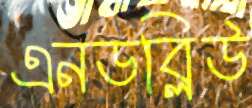
এনডব্লিউ